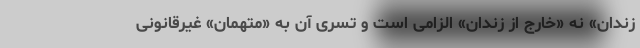
زندان» نه «خارج از زندان» الزامی است و تسری آن به «متهمان» غیرقانونی